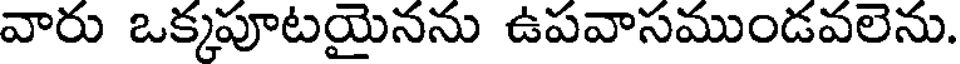
వారు ఒక్కపూటయైనను ఉపవాసముండవలెను.